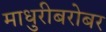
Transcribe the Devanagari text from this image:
माधुरीबरोबर